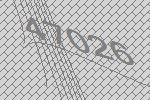
47026